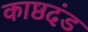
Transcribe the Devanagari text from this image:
काष्ठदंड